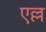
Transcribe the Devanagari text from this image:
एल्ल